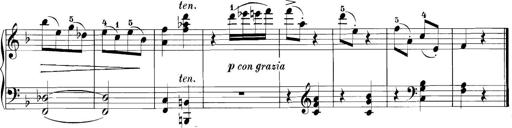
Title: 3 Sonatinas
Composer: Carl Reinecke